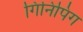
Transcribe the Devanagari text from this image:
गिनिपिग